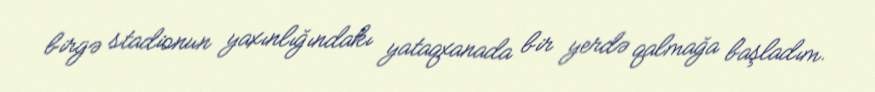
birgə stadionun yaxınlığındakı yataqxanada bir yerdə qalmağa başladım.